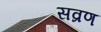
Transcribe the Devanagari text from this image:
सव्रण